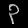
Digit: ၃